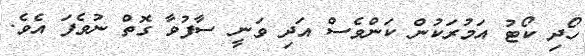
ހޯދި ކޯޓު އަމުރަކުން ކަންވެސް އަދި ވަނީ ސާފުވާ ގޮތް ނުވެފަ އެވެ.